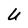
Character: U